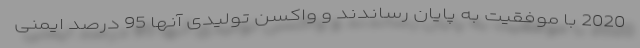
2020 با موفقیت به پایان رساندند و واکسن تولیدی آنها 95 درصد ایمنی